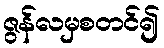
ဇွန်လမှစတင်၍